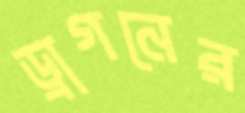
ড্রাগনের